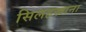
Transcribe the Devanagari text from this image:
सिलहखाना